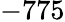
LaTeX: -775